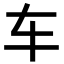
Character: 车